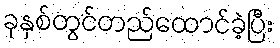
ခုနှစ်တွင်တည်ထောင်ခဲ့ပြီး